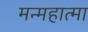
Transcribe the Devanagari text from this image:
मन्महात्मा